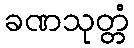
ခဏသုတ္တံ